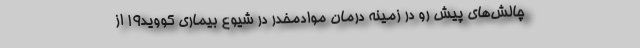
چالش‌های پیشِ رو در زمینه‌ درمان موادمخدر در شیوع بیماری کووید۱۹ از